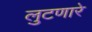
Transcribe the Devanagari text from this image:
लुटणारे